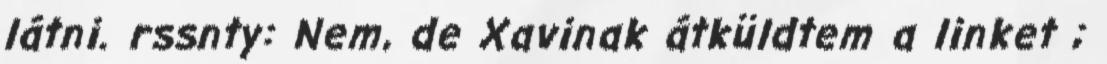
látni. rssnty: Nem, de Xavinak átküldtem a linket ;